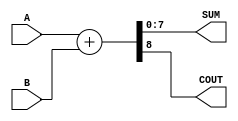
module ParameterizedAdder #(
    parameter WIDTH = 8  // Default bit-width
)(
    input  [WIDTH-1:0] A,   // Input A
    input  [WIDTH-1:0] B,   // Input B
    output [WIDTH-1:0] SUM,  // Sum output
    output COUT              // Carry-out
);

    // Perform the addition
    assign {COUT, SUM} = A + B; // Concatenate carry-out with sum

endmodule